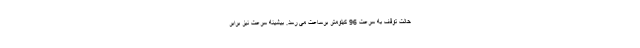
حالت توقف به سرعت 96 کیلومتر برساعت می رسد. بیشینه سرعت نیز برابر